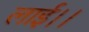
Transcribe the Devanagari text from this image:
लाई।।